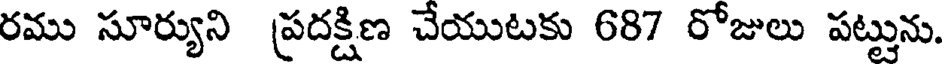
రము సూర్యుని ప్రదక్షిణ చేయుటకు 687 రోజులు పట్టును.